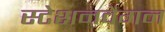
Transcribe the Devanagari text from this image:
स्टेशनवैगन